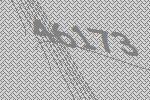
46173